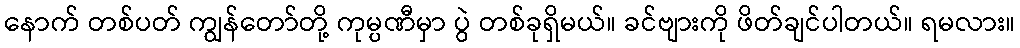
နောက် တစ်ပတ် ကျွန်တော်တို့ ကုမ္ပဏီမှာ ပွဲ တစ်ခုရှိမယ်။ ခင်ဗျားကို ဖိတ်ချင်ပါတယ်။ ရမလား။